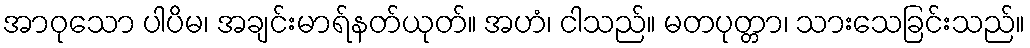
အာဝုသော ပါပိမ၊ အချင်းမာရ်နတ်ယုတ်။ အဟံ၊ ငါသည်။ မတပုတ္တာ၊ သားသေခြင်းသည်။